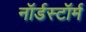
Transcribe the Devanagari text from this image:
नॉर्डस्टॉर्म